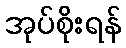
အုပ်စိုးရန်